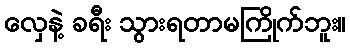
လှေနဲ့ ခရီး သွားရတာမကြိုက်ဘူး။